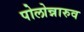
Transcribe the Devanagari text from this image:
पोलोन्नारुव